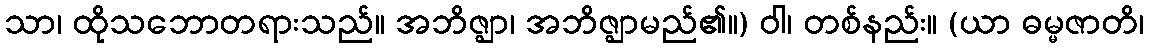
သာ၊ ထိုသဘောတရားသည်။ အဘိဇ္ဈာ၊ အဘိဇ္ဈာမည်၏။) ဝါ၊ တစ်နည်း။ (ယာ ဓမ္မဇာတိ၊